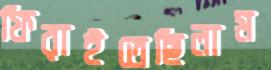
ফিরাইতেছিলাম